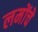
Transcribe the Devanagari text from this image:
लमोंचे